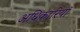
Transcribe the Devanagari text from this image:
अधिकारियॉ